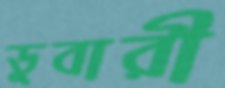
ডুবারী